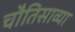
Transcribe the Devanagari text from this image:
चौतिसाव्या